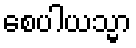
စေပါယသ္မာ